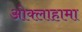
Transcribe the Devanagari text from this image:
ओक्लाहामा